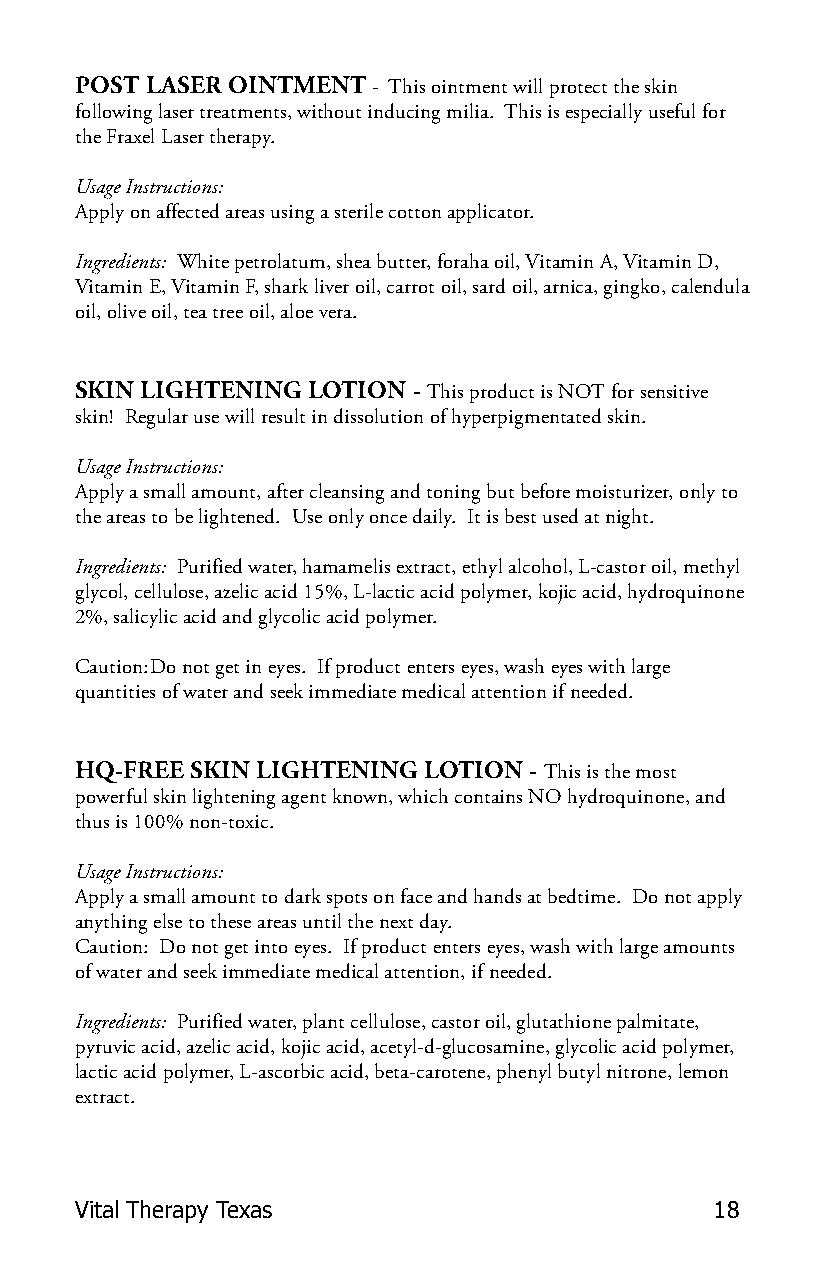
POST LASER OINTMENT - This ointment will protect the skin
 following laser treatments, without inducing milia. This is especially useful for
 the Fraxel Laser therapy.
 Usage Instructions:
 Apply on affected areas using a sterile cotton applicator.
 Ingredients: White petrolatum, shea butter, foraha oil, Vitamin A, Vitamin D,
 Vitamin E, Vitamin F, shark liver oil, carrot oil, sard oil, arnica, gingko, calendula
 oil, olive oil, tea tree oil, aloe vera.
 SKIN LIGHTENING LOTION - This product is NOT for sensitive
 skin! Regular use will result in dissolution of hyperpigmentated skin.
 Usage Instructions:
 Apply a small amount, after cleansing and toning but before moisturizer, only to
 the areas to be lightened. Use only once daily. It is best used at night.
 Ingredients: Purified water, hamamelis extract, ethyl alcohol, L-castor oil, methyl
 glycol, cellulose, azelic acid 15%, L-lactic acid polymer, kojic acid, hydroquinone
 2%, salicylic acid and glycolic acid polymer.
 Caution: Do not get in eyes. If product enters eyes, wash eyes with large
 quantities of water and seek immediate medical attention if needed.
 HQ-FREE SKIN LIGHTENING LOTION - This is the most
 powerful skin lightening agent known, which contains NO hydroquinone, and
 thus is 100% non-toxic.
 Usage Instructions:
 Apply a small amount to dark spots on face and hands at bedtime. Do not apply
 anything else to these areas until the next day.
 Caution: Do not get into eyes. If product enters eyes, wash with large amounts
 of water and seek immediate medical attention, if needed.
 Ingredients: Purified water, plant cellulose, castor oil, glutathione palmitate,
 pyruvic acid, azelic acid, kojic acid, acetyl-d-glucosamine, glycolic acid polymer,
 lactic acid polymer, L-ascorbic acid, beta-carotene, phenyl butyl nitrone, lemon
 extract.
 Vital Therapy Texas                       18